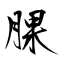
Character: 腂